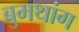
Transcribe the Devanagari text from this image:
बुमथांग